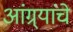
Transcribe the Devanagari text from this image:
आंग्र्यांचे